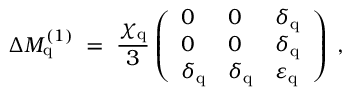
\Delta M _ { \mathrm { q } } ^ { ( 1 ) } \; = \; \frac { \chi _ { \mathrm { q } } } { 3 } \left( \begin{array} { l l l } { { 0 } } & { { 0 } } & { { \delta _ { \mathrm { q } } } } \\ { { 0 } } & { { 0 } } & { { \delta _ { \mathrm { q } } } } \\ { { \delta _ { \mathrm { q } } } } & { { \delta _ { \mathrm { q } } } } & { { \varepsilon _ { \mathrm { q } } ^ { ~ } } } \end{array} \right) \; ,